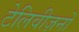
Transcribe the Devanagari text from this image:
टेलिवीज़नों